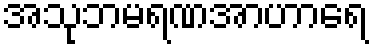
အသုဘမရဏအာဟာရေ